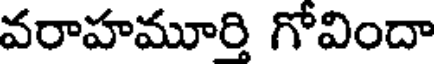
వరాహమూర్తి గోవిందా